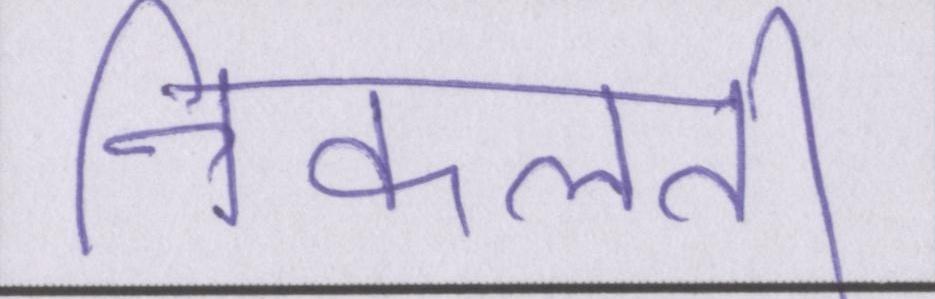
निकलती